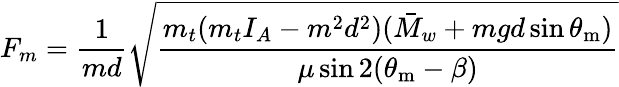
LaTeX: F_{m}=\frac{1}{md}\sqrt{\frac{m_{t}(m_{t}I_{A}-m^{2}d^{2})(\bar{M}_{w}+mgd\sin\theta_{\mathrm{m}})}{\mu\sin 2(\theta_{\mathrm{m}}-\beta)}}